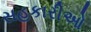
સહકારીઓ